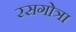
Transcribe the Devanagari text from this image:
रसगोत्रा